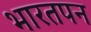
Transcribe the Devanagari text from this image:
भारतपन